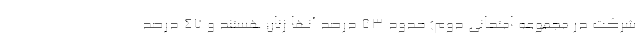
شرکت در مجموعه امتحانی دوم) حدود ۵۳ درصد آنها زنان هستند و ۴۷ درصد